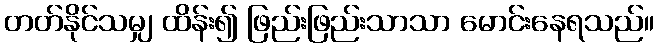
တတ်နိုင်သမျှ ထိန်း၍ ဖြည်းဖြည်းသာသာ မောင်းနေရသည်။